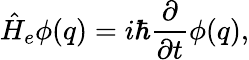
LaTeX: \hat{H}_{e}\phi(q)=i\hbar\frac{\partial}{\partial t}\phi(q),